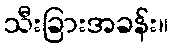
သီးခြားအခန်း။